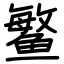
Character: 鳘